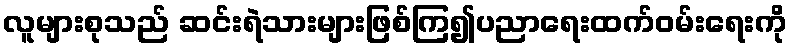
လူများစုသည် ဆင်းရဲသားများဖြစ်ကြ၍ပညာရေးထက်ဝမ်းရေးကို